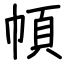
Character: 幁